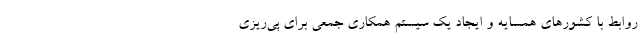
روابط با کشورهای همسایه و ایجاد یک سیستم همکاری جمعی برای پی‌ریزی